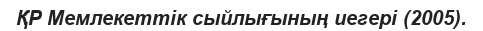
ҚР Мемлекеттік сыйлығының иегері (2005).